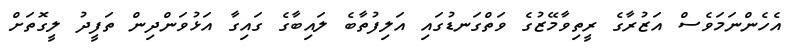
އެހެންނަމަވެސް އަޒުރާގެ ރީތިވާމޭޒުގެ ވަތްގަނޑުގައި އަލިފުތާބެ ލައިބާގެ ގައިގާ އަޅުވަންދިން ތަފީދު ލީގޮތަށް